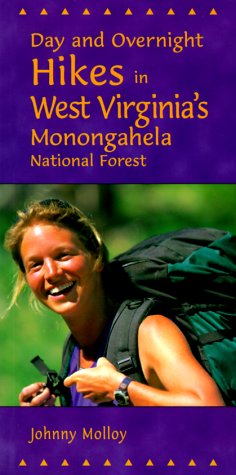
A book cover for Day and Overnight Hikes in West Virginia's Monongahela National Forest; Johnny Molloy; Travel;